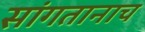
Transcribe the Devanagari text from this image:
सांगतानाच